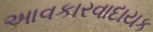
આવકારવાદાયક